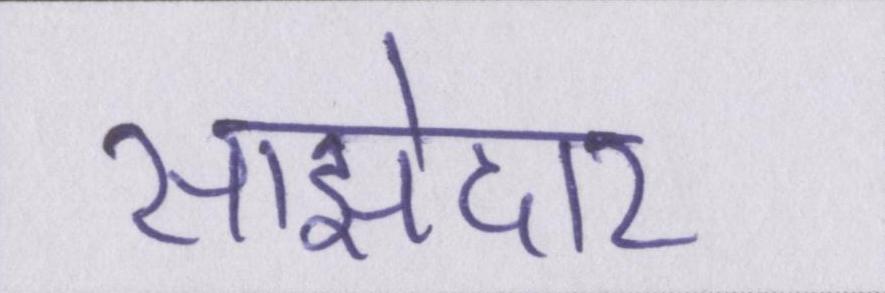
साझेदार